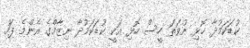
ކުޑަކަމުދާ ހޮޅި ނުވަތަ ހީސް ހޮޅި އަކީ ކުޑަކަމުދާ ނިޒާމްގެ އެންމެ ފަހު